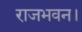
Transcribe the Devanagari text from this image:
राजभवन।